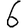
Digit: 6